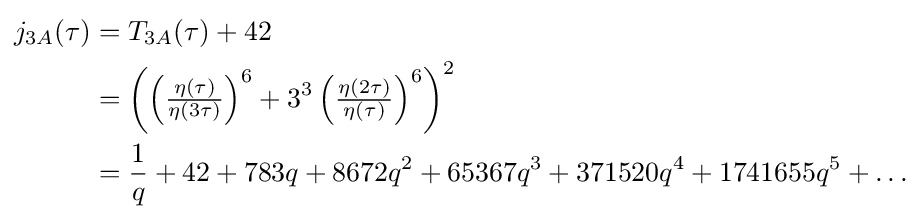
{\begin{aligned}j_{3A}(\tau )&=T_{3A}(\tau )+42\\&=\left(\left({\tfrac {\eta (\tau )}{\eta (3\tau )}}\right)^{6}+3^{3}\left({\tfrac {\eta (2\tau )}{\eta (\tau )}}\right)^{6}\right)^{2}\\&={\frac {1}{q}}+42+783q+8672q^{2}+65367q^{3}+371520q^{4}+1741655q^{5}+\dots \end{aligned}}